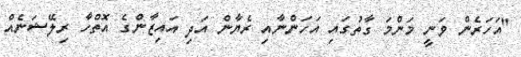
"އަހަރެން ވަނީ މަންމަ ގާތުގައި އަހަންނާއި ރެޔާން އަދި އައިޒާންގެ އޮތްހާ ރިލޭޝަނެއް